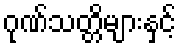
ဂုဏ်သတ္တိများနှင့်